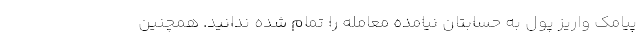
پیامک واریز پول به حسابتان نیامده معامله را تمام شده ندانید. همچنین